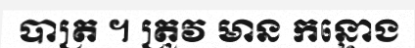
បាត្រ ។ ត្រូវ មាន កន្ទោង